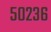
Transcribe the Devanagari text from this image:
५०२३६